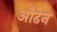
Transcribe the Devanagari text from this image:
ओढेन